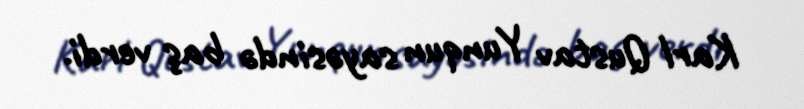
Karl Qustav Yunqun sayəsində baş verdi.